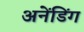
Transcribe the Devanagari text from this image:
अनेंडिंग